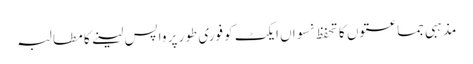
مذہبی جماعتوں کا تحفظ نسواں ایکٹ کو فوری طور پر واپس لینے کا مطالبہ